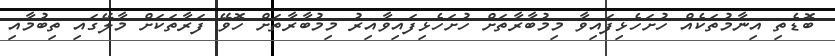
ބޮޑެތި އިނާމުތަކެއް ހުށަހެޅިފައިވާ މިމުބާރާތަށް ހުށަހެޅިފައިވާއިރު މިމުބާރާތަށް ހޮވޭ ފަރާތަކަށް މާލޭގައި ތިބުމާއި